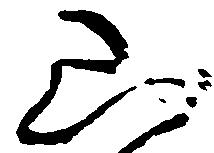
山